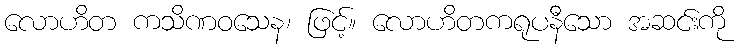
လောဟိတ ကသိဏဝသေန၊ ဖြင့်။ လောဟိတကရုပနီသော အဆင်းကို